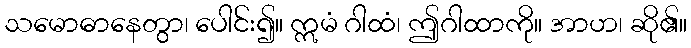
သမောဓာနေတွာ၊ ပေါင်း၍။ ဣမံ ဂါထံ၊ ဤဂါထာကို။ အာဟ၊ ဆို၏။